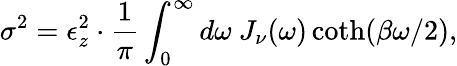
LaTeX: \sigma^{2}=\epsilon_{z}^{2}\cdot\frac{1}{\pi}\int_{0}^{\infty}d\omega~J_{\nu}(\omega)\coth(\beta\omega/2),